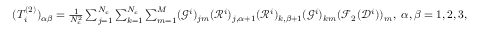
\begin{array} { r } { ( T _ { i } ^ { ( 2 ) } ) _ { \alpha \beta } = \frac { 1 } { N _ { c } ^ { 2 } } \sum _ { j = 1 } ^ { N _ { c } } \sum _ { k = 1 } ^ { N _ { c } } \sum _ { m = 1 } ^ { M } ( \mathcal G ^ { i } ) _ { j m } ( \mathcal R ^ { i } ) _ { j , \alpha + 1 } ( \mathcal R ^ { i } ) _ { k , \beta + 1 } ( \mathcal G ^ { i } ) _ { k m } ( \mathcal F _ { 2 } ( \mathcal D ^ { i } ) ) _ { m } , \ \alpha , \beta = 1 , 2 , 3 , } \end{array}